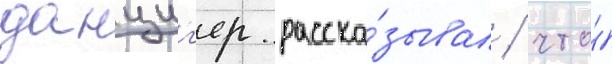
данциг'ер расска́зывал / что́